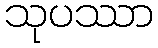
သုပဿာ